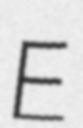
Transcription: E